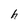
Character: h